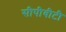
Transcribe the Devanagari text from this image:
सीपीवीटी